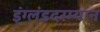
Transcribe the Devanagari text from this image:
इंग्लंडदरम्यान